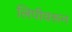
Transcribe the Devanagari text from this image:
लिपीवरून